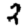
Digit: 2